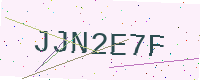
Text: JJN2E7F